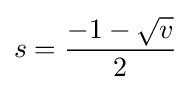
s={\frac {-1-{\sqrt {v}}}{2}}